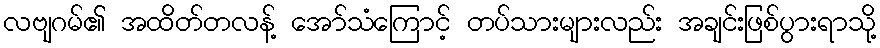
လဗျဂမ်၏ အထိတ်တလန့် အော်သံကြောင့် တပ်သားများလည်း အချင်းဖြစ်ပွားရာသို့